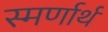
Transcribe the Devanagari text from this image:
स्मर्णार्थ